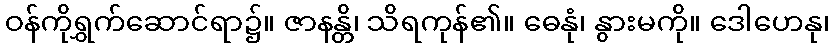
ဝန်ကိုရွှက်ဆောင်ရာ၌။ ဇာနန္တိ၊ သိရကုန်၏။ ဓေနုံ၊ နွားမကို။ ဒေါဟေနု၊